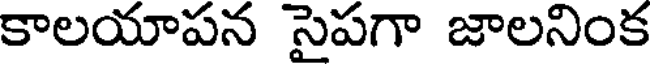
కాలయాపన సైపగా జాలనింక